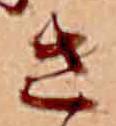
さ